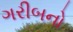
ગરીબનો